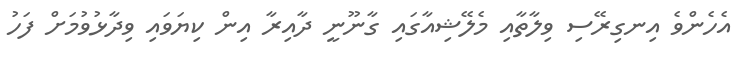
އެހެންވެ އިނގިރޭސި ވިލާތާއި މެލޭޝިއާގައި ގާނޫނީ ދާއިރާ އިން ކިޔަވައި ވިދާޅުވުމަށް ފަހު